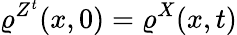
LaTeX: \varrho^{Z^{t}}(x,0)=\varrho^{X}(x,t)